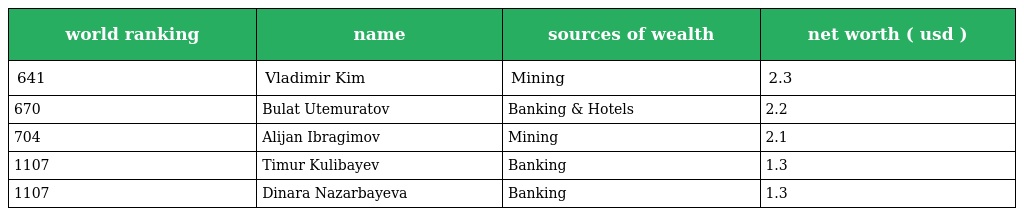
| world ranking | name | sources of wealth | net worth ( usd ) |
 | --- | --- | --- | --- |
 | 641 | Vladimir Kim | Mining | 2.3 |
 | 670 | Bulat Utemuratov | Banking & Hotels | 2.2 |
 | 704 | Alijan Ibragimov | Mining | 2.1 |
 | 1107 | Timur Kulibayev | Banking | 1.3 |
 | 1107 | Dinara Nazarbayeva | Banking | 1.3 |